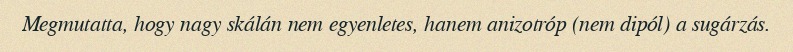
Megmutatta, hogy nagy skálán nem egyenletes, hanem anizotróp (nem dipól) a sugárzás.